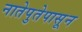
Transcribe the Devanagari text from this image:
नातेपुतेपासून